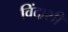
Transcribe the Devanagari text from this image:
विंदाशी